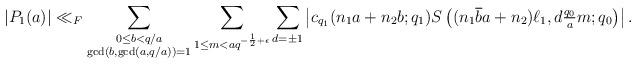
LaTeX: \begin{align*}\left|P_1(a)\right|\ll_F\sum_{\substack{0\leq b< q/a \\ \gcd(b, \gcd(a, q/a))=1}}\sum_{1\leq m < aq^{-\frac{1}{2}+\epsilon}} \sum_{d=\pm 1} \left|c_{q_1}(n_1a+n_2b; q_1)S\left( (n_1\overline{b} a+ n_2) \ell_1, d\tfrac{q_0}{a}m ; q_0 \right)\right|.\end{align*}